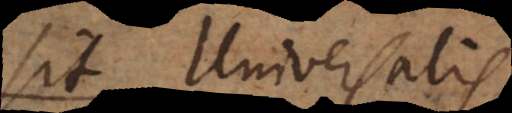
est Universalis